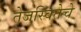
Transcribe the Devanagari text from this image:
तेजस्वितेचे